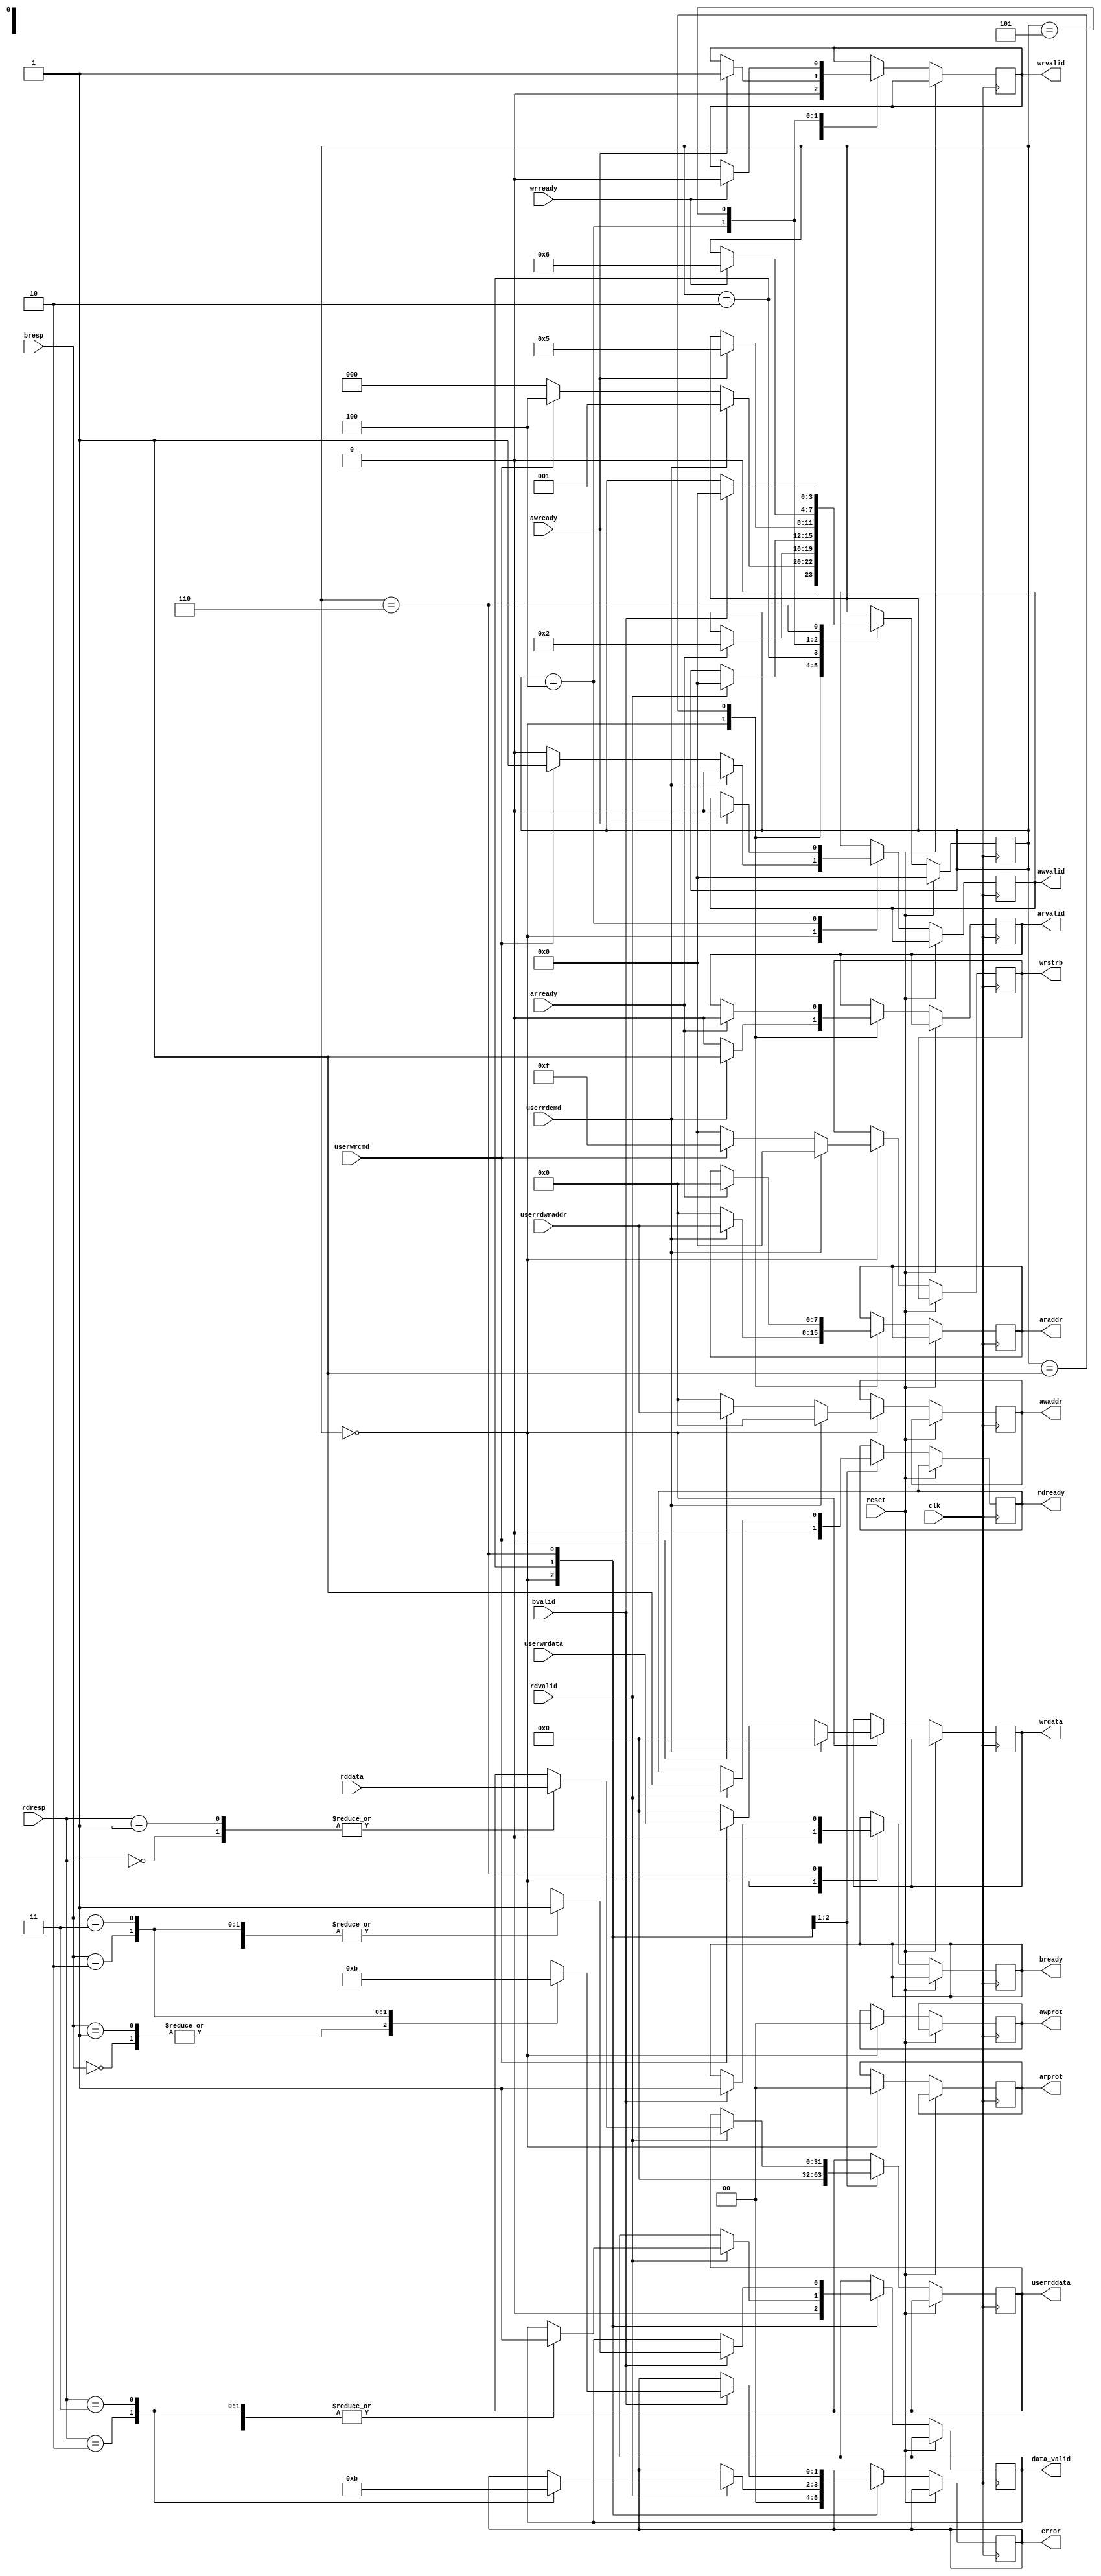
`timescale 1ns / 1ps
//////////////////////////////////////////////////////////////////////////////////
// Company: 
// Engineer: 
// 
// Design Name: 
// Module Name:    axi4-master 
// Project Name: 
// Target Devices: 
// Tool versions: 
// Description: v1.01
//
// Dependencies: 
//
// Revision: 
// Revision 0.01 - File Created
// Additional Comments: 
//
//////////////////////////////////////////////////////////////////////////////////





module axi4_lite_master
				#(
					parameter ADDR_WIDTH = 8,
					parameter DATA_WIDTH = 32,
					parameter STRB_WIDTH = DATA_WIDTH/8
				)
				(
					input 								reset,
					input 								clk,
					//write address channel
					output reg 							awvalid,
					input 								awready,
					output reg	[1:0]					awprot,
					output reg	[ADDR_WIDTH-1:0]	awaddr,
					//write data channel 
					output reg 							wrvalid,
					input 								wrready,
					output reg  [STRB_WIDTH-1:0]	wrstrb,
					output reg 	[DATA_WIDTH-1:0]	wrdata,
					//write response channel
					output reg 							bready,
					input 								bvalid,
					input [1:0]							bresp,
					//read address channel
					output reg 							arvalid,
					input 								arready,
					output reg [ADDR_WIDTH-1:0]	araddr,
					output reg [1:0]					arprot,
					//read data channel
					input  [DATA_WIDTH-1:0]			rddata,
					output reg 							rdready,
					input 								rdvalid,
					input  [2:0]						rdresp,
					//user interface
					input 								userrdcmd, 
					input 								userwrcmd,
					input  [ADDR_WIDTH-1:0] 		userrdwraddr,
					input  [DATA_WIDTH-1:0] 		userwrdata,
					output reg	[DATA_WIDTH-1:0] 	userrddata,
					output reg 							data_valid,
					output reg [1:0] 					error
					
				);
//states for FSM
localparam  idle   = 4'b0000,
				read1  = 4'b0001,
				read2  = 4'b0010,
				read3  = 4'b0011,
				write1 = 4'b0100, 
				write2 = 4'b0101,
				write3 = 4'b0110,

//answers of response
				okay = 2'b00, //all right!
				exokay = 2'b01, //
				slverr = 2'b10, //
				decerr = 2'b11; //
				
				
reg [3:0] statereg;


always@(posedge clk)
begin
	if(reset)
		begin
			statereg <= idle;
		end
	else
		begin
			case(statereg)
				idle:
					begin	
						araddr <= 0;
						awaddr <= 0;
						userrddata <=  32'h0;
						statereg <= idle;
						bready <= 1'b0;
						awvalid <= 1'b0;
						awprot <= 2'b00;
						wrdata <= 0;
						wrstrb <= 0;
						wrvalid <= 1'b0;
						bready <= 1'b0;
						arvalid <= 1'b0;
						arprot <= 0;
						data_valid <= 1'b0;
						rdready <= 1'b0;
						error <= 0;
						if(userrdcmd)
							begin
								araddr <= userrdwraddr;
								statereg <= read1;
								arvalid <= 1'b1;
							end
						else	
							begin
								if(userwrcmd)
									begin
										wrdata <= userwrdata;
										wrstrb <= 4'b1111;
										awvalid <= 1'b1;
										awaddr <= userrdwraddr;
										statereg <= write1;
									end
							end
					end
				read1:
					begin
						if(arready)
							begin
								arvalid <= 1'b0;
								araddr <= 1'b0;
								statereg <= read2;
							end
					end
				read2:
					begin
						if(rdvalid)
							begin
								rdready <= 1'b1;
								case (rdresp)
									okay:
										begin
											userrddata <= rddata;
											data_valid <= 1'b1;
										end
									exokay:
										begin
											userrddata <= rddata;
											data_valid <= 1'b1;
										end
									slverr:
										begin
											data_valid <= 1'b1;
											error <= 2'b10;
										end
									decerr:
										begin
											data_valid <= 1'b1;
											error <= 2'b11;
										end
								endcase 
								statereg <= idle;
							end
					end
				write1:
					begin
						if(awready)
							begin
								awvalid <= 1'b0;
								statereg <= write2;
								wrvalid <= 1'b1;
							end
					end
				write2:
					begin
						if(wrready)
							begin
								wrvalid <= 1'b0;
								statereg <= write3;
							end
					end
				write3:
					begin
						if(bvalid)
							begin
								case(bresp)
									okay:
										begin
											error <= 2'b00;
											data_valid <= 1'b1;
										end
									exokay:
										begin
											error <= 2'b00;
											data_valid <= 1'b1;
										end
									slverr:
										begin
											data_valid <= 1'b1;
											error <= 2'b10;
										end
									decerr:
										begin
											data_valid <= 1'b1;
											error <= 2'b11;
										end
								endcase
								statereg <= idle;
								bready <= 1'b1;
							end
					end
			endcase
		end
end


endmodule